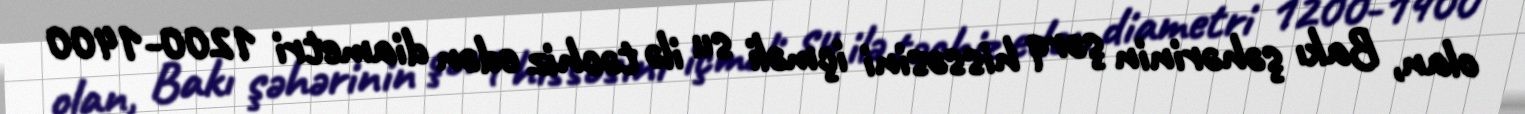
olan, Bakı şəhərinin şərq hissəsini içməli su ilə təchiz edən diametri 1200-1400